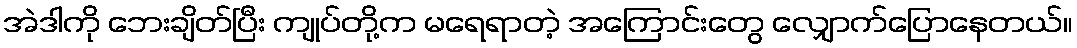
အဲဒါကို ဘေးချိတ်ပြီး ကျုပ်တို့က မရေရာတဲ့ အကြောင်းတွေ လျှောက်ပြောနေတယ်။